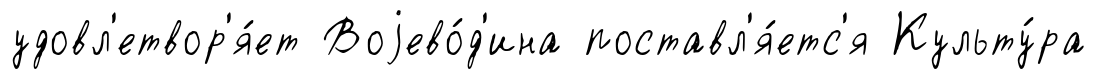
удовл'етвор'я́ет Воjево́д'ина поставл'я́етс'я Культу́ра